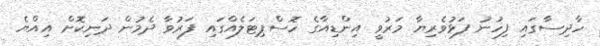
ހާދިސާގައި ފިހުނު ފަޅުވެރިޔާ މަރުވީ އިންޑިއާގެ ހޮސްޕިޓަލެއްގައި ފަރުވާ ދެމުން ދަނިކޮށް އިއްޔެ